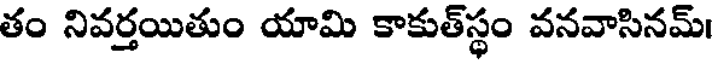
తం నివర్తయితుం యామి కాకుత్స్థం వనవాసినమ్